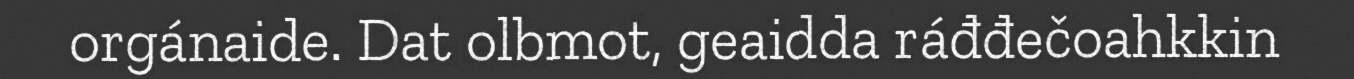
orgánaide. Dat olbmot, geaidda ráđđečoahkkin